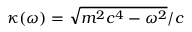
\kappa ( \omega ) = \sqrt { m ^ { 2 } c ^ { 4 } - \omega ^ { 2 } } / c